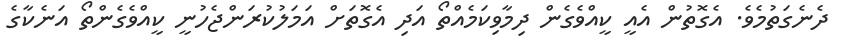
ދެނެގަތުމެވެ. އެގޮތުން އެއީ ކީއްވެގެން ދިމާވިކަމެއްތޯ އަދި އެގޮތަށް އަމަލުކުރަންޖެހުނީ ކީއްވެގެންތޯ އަނެކާގެ